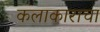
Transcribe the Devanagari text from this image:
कलाकाराचा